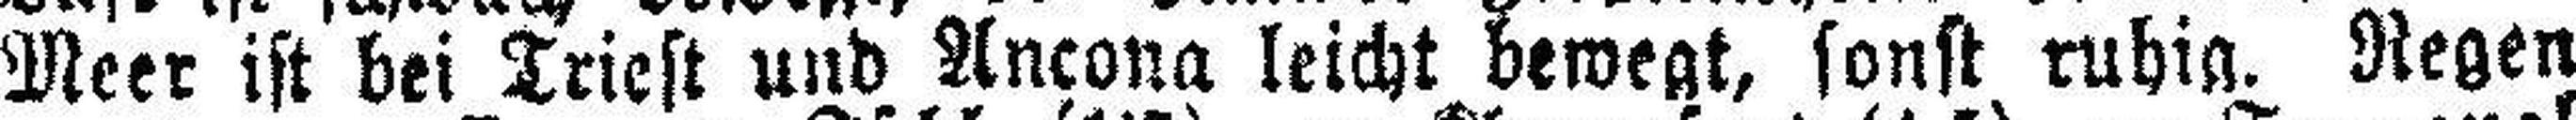
Meer ist bei Triest und Ancona leicht bewegt, sonst ruhig. Regen